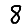
Digit: 8